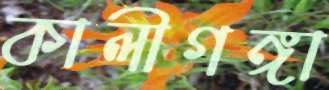
কালীগঙ্গা